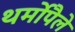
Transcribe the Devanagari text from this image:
थर्मोपैले